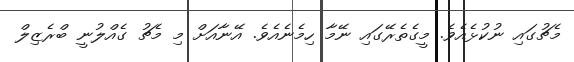
މެޗުގައި ނުކުޅެއެވެ. މީގެތެރޭގައި ނޭމާ ހިމެނެއެވެ. އޭނާއަށް މި މެޗު ގެއްލުނީ ބްރެޒިލް